Vaccination in Burma 1920-1933 - 1920-1933
Year: 1920
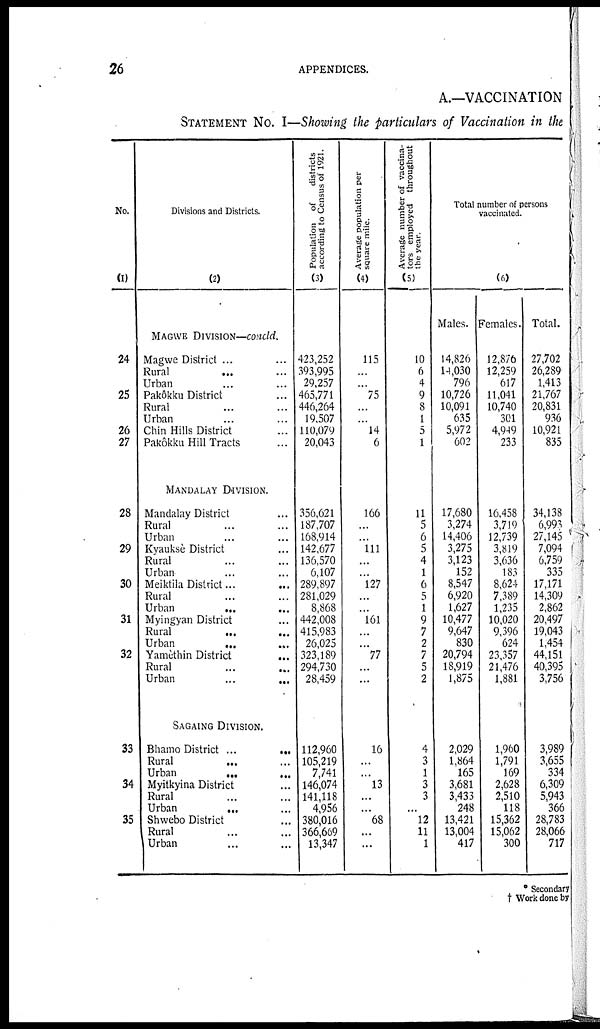
26
APPENDICES.
A.—VACCINATION
STATEMENT No. I—Showing the particulars of Vaccination in the
No.
(1)
24
25
26
27
28
29
30
31
32
33
34
35
Divisions and Districts.
(2)
MAGWE DIVISION—concld.
Magwe District ... ...
Rural
... ...
Urban ... ...
Pakôkku District ...
Rural ... ...
Urban ... ...
Chin Hills District ...
Pakôkku Hill Tracts ...
MANDALAY DIVISION.
Mandalay District ...
Rural ... ...
Urban ... ...
Kyauksè District ...
Rural ... ...
Urban ... ...
Meiktila District... ...
Rural ... ...
Urban
...
...
Myingyan District ...
Rural
...
...
Urban
... ...
Yamèthin District
...
Rural ... ...
Urban
...
...
SAGAING DIVISION.
Bhamo District ...
...
Rural
... ...
Urban
...
...
Myitkyina District ...
Rural ... ...
Urban
... ...
Shwebo District ...
Rural ... ...
Urban ... ...
Population of
districts
according to Census of 1921.
(3)
423,252
393,995
29,257
465,771
446,264
19,507
110,079
20,043
356,621
187,707
168,914
142,677
136,570
6,107
289,897
281,029
8,868
442,008
415,983
26,025
323,189
294,730
28,459
112,960
105,219
7,741
146,074
141,118
4,956
380,016
366,669
13,347
Average population per
square mile.
(4)
115
...
...
75
...
...
14
6
166
...
...
111
...
...
127
...
...
161
...
...
77
...
...
16
...
...
13
...
...
68
...
...
Average number of vaccina-
tors employed throughout
the year.
(5)
10
6
4
9
8
1
5
1
11
5
6
5
4
1
6
5
1
9
7
2
7
5
2
4
3
1
3
3
...
12
11
1
Total number of persons
vaccinated.
(6)
Males.
14,826
14,030
796
10,726
10,091
635
5,972
602
17,680
3,274
14,406
3,275
3,123
152
8,547
6,920
1,627
10,477
9,647
830
20,794
18,919
1,875
2,029
1,864
165
3,681
3,433
248
13,421
13,004
417
Females.
12,876
12,259
617
11,041
10,740
301
4,949
233
16,458
3,719
12,739
3,819
3,636
183
8,624
7,389
1,235
10,020
9,396
624
23,357
21,476
1,881
1,960
1,791
169
2,628
2,510
118
15,362
15,062
300
Total.
27,702
26,289
1,413
21,767
20,831
936
10,921
835
34,138
6,993
27,145
7,094
6,759
335
17,171
14,309
2,862
20,497
19,043
1,454
44,151
40,395
3,756
3,989
3,655
334
6,309
5,943
366
28,783
28,066
717
* Secondary
† Work done by